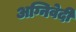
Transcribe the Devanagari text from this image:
अग्निवेदी